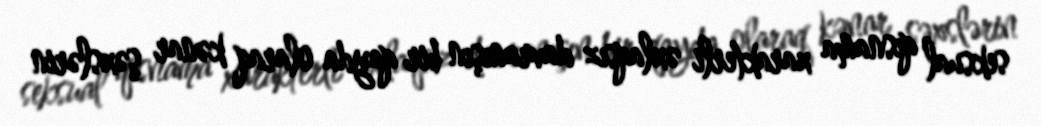
seksual qısnama xarakterli əxlaqsız davranışın bir qayda olaraq kənar şəxslərin